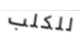
للكلب